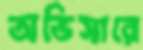
অভিসারে